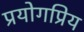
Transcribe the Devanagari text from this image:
प्रयोगप्रिय